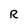
Character: R